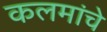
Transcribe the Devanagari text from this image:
कलमांचे